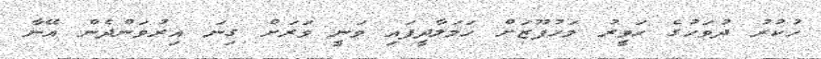
ހުކުރު ދުވަހުގެ ހަވީރު މަހުފޫޒަށް ހަމަލާދީފައި ވަނީ ވަރަށް ގިނަ އިރުވަންދެން އޭނާ